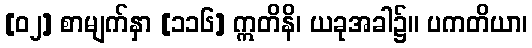
[၀၂] စာမျက်နှာ [၁၁၆] ဣတိနိ၊ ယခုအခါ၌။ ပကတိယာ၊